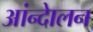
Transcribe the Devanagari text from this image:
आंन्देालन